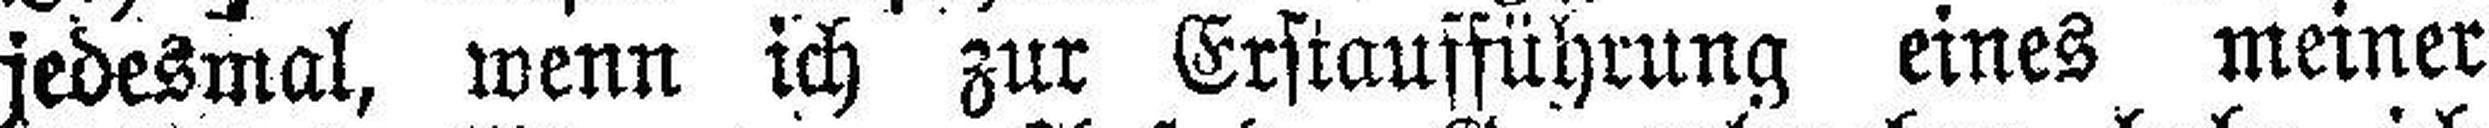
jedesmal, wenn ich zur Erstaufführung eines meiner